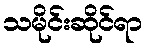
သမိုင်းဆိုင်ရာ